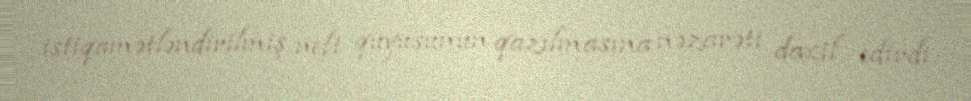
istiqamətləndirilmiş neft quyusunun qazılmasına nəzarəti daxil edirdi.